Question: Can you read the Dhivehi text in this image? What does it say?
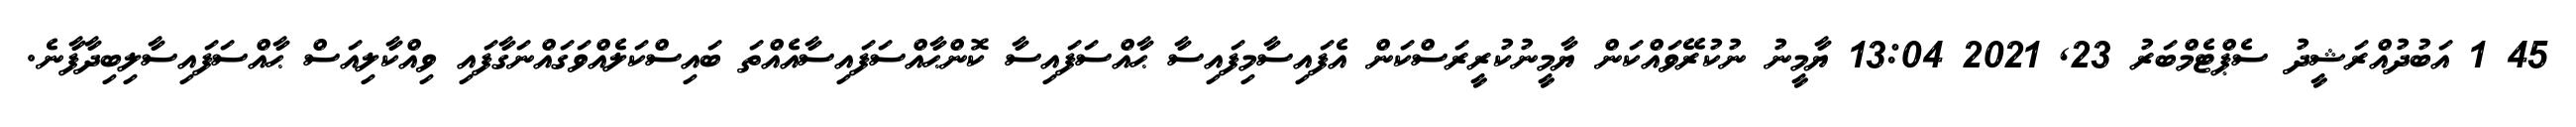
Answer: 45 1 އަބުދުއްރަޝީދު ސެޕްޓެމްބަރު 23, 2021 13:04 ޔާމީނު ނުކުރޭވައްކަން ޔާމީނުކުރީރަސްކަން އެފައިސާމިފައިސާ ޙާއްސަފައިސާ ކޮންޙާއްސަފައިސާއެއްތަ ބައިސްކަލެއްވަގައްނަގާފައި ވިއްކާލިއަސް ޙާއްސަފައިސާލިބިދާފާނެ.